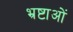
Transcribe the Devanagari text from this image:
भ्रष्टाओं